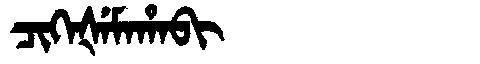
Manchu: ᠴᡳᡴᡝᡧᡝᠮᠠᡥᠠᠪᡳ
Romanization: CIKEŠEMAHABI